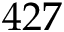
4 2 7